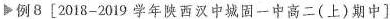
例8 [2018-2019学年陕西汉中城固一中高二(上)期中]